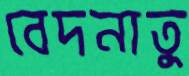
বেদনাতু